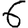
Digit: 6